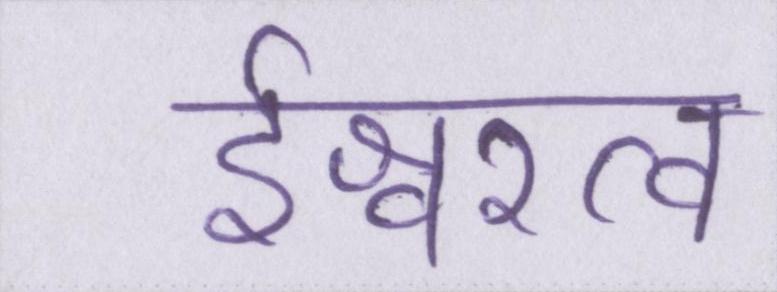
ईश्वरत्व